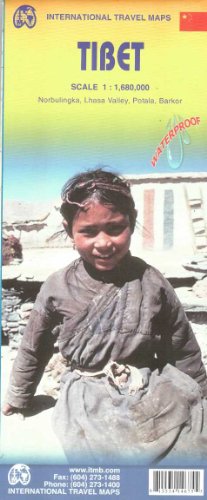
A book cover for Tibet Travel Reference Map 1:1,680,000; ITMB Publishing LTD; Travel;